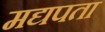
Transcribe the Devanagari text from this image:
मद्यपता